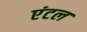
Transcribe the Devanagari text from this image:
एंटल